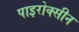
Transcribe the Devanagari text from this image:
पाइरोक्सीन